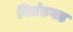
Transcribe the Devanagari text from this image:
वितंडगड